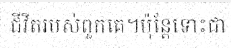
ជីវិតរបស់ពួកគេ។ប៉ុន្តែទោះជា